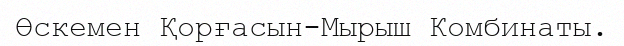
Өскемен Қорғасын-Мырыш Комбинаты.